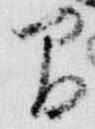
間